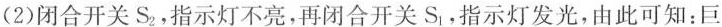
(2)闭合开关S_{2}，指示灯不亮，再闭合开关S_{1}。指示灯发光，由此可知：巨